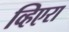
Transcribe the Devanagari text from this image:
व्हिएरा